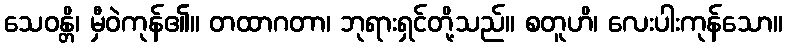
သေဝန္တိ၊ မှီဝဲကုန်၏။ တထာဂတာ၊ ဘုရားရှင်တို့သည်။ စတူဟိ၊ လေးပါးကုန်သော။